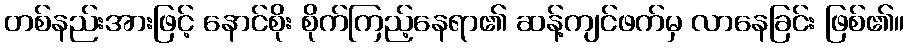
တစ်နည်းအားဖြင့် နောင်စိုး စိုက်ကြည့်နေရာ၏ ဆန့်ကျင်ဖက်မှ လာနေခြင်း ဖြစ်၏။